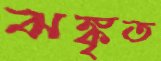
ঝঙ্কৃত